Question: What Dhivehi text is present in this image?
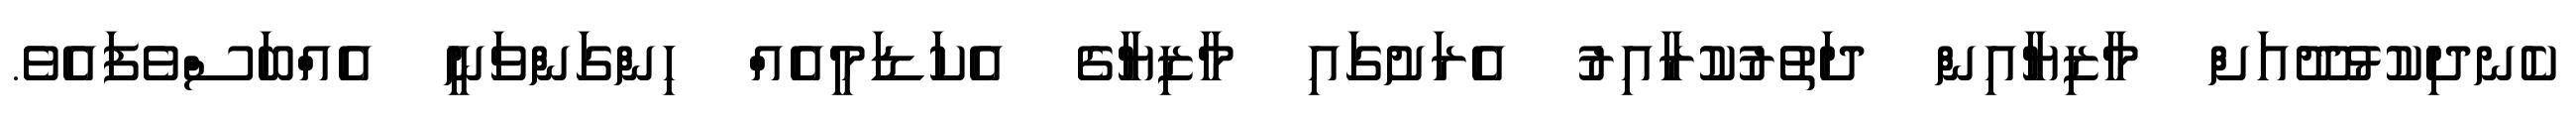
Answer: ކެނދިކުޅުދޫއަށް މާޒިޔާއިން ދަތުރުކުރާއިރު އެރަށުގައި މާޒިޔާގެ އެކަޑަމީއެއް ހިންގަންވަނީ އެއްބަސްވެފައެވެ.